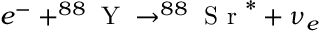
e ^ { - } + ^ { 8 8 } \textrm { Y } \to ^ { 8 8 } \textrm { S r } ^ { * } + \nu _ { e }